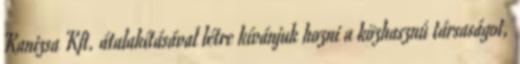
Kanizsa Kft. átalakításával létre kívánjuk hozni a közhasznú társaságot,